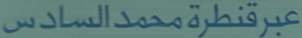
عبرقنطرةمحمدالسادس